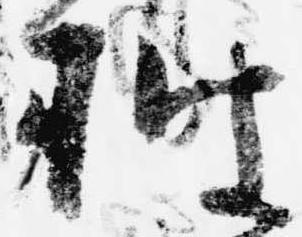
披